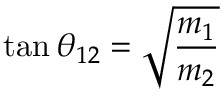
\tan \theta _ { 1 2 } = \sqrt { \frac { m _ { 1 } } { m _ { 2 } } }